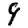
Digit: 9